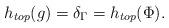
LaTeX: \begin{align*}h_{top}(g)= \delta_\Gamma=h_{top}(\Phi).\end{align*}